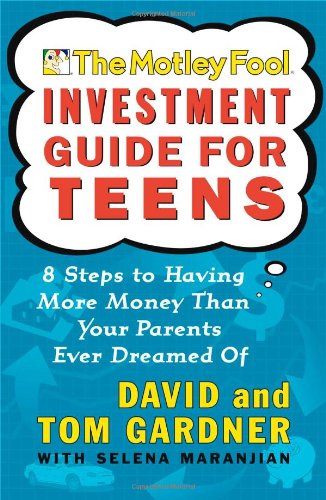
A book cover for The Motley Fool Investment Guide for Teens: 8 Steps to Having More Money Than Your Parents Ever Dreamed Of; David Gardner; Humor & Entertainment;